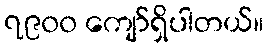
၇၉၀၀ ကျော်ရှိပါတယ်။